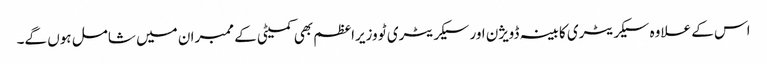
اس کے علاوہ سیکریٹری کابینہ ڈویژن اور سیکریٹری ٹو وزیراعظم بھی کمیٹی کے ممبران میں شامل ہوں گے۔